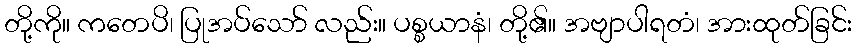
တို့ကို။ ကတေပိ၊ ပြုအပ်သော် လည်း။ ပစ္စယာနံ၊ တို့၏။ အဗျာပါရတံ၊ အားထုတ်ခြင်း